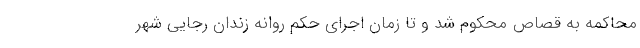
محاکمه به قصاص محکوم شد و تا زمان اجرای حکم روانه زندان رجایی شهر